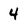
Character: 4